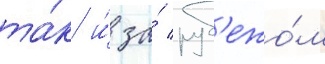
та́к и́ за́ руб'ежо́м